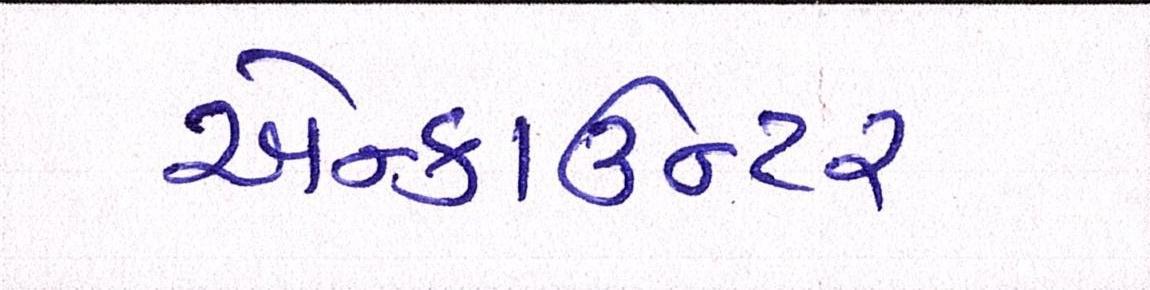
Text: એન્કાઉન્ટર